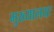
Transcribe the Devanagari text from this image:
मुख्यालयः